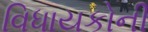
વિધાયકોની